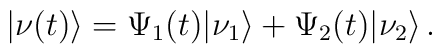
|\nu(t)\rangle = \Psi_1(t) |\nu_1\rangle + \Psi_2(t) |\nu_2\rangle\,.